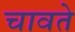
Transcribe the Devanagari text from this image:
चावते